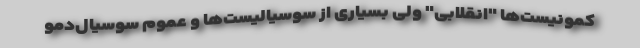
کمونیست‌ها "انقلابی" ولی بسیاری از سوسیالیست‌ها و عموم سوسیال‌دمو